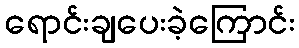
ရောင်းချပေးခဲ့ကြောင်း